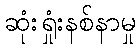
ဆုံးရှုံးနစ်နာမှု